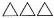
△△△